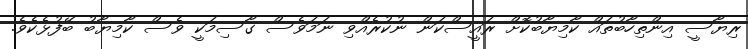
ރިޔާސީ އިންތިހާބުތައް ކާމިޔާބުކޮށް ރައީސްކަން ނުކުރެއްވި ނަމަވެސް ގާސިމަކީ ވެސް ކާމިޔާބު ބޭފުޅެކެވެ.